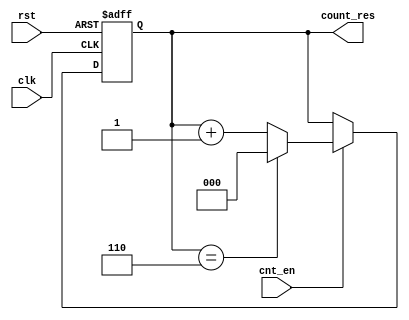
module Counter(clk, rst, cnt_en, count_res);
    input clk, rst, cnt_en; 
    output reg[2:0] count_res;
    
    always @(posedge clk, posedge rst) begin
        if (rst)
            count_res <= 3'b0;
        else if (cnt_en) begin
            if (count_res == 3'b101 + 1)
                count_res <= 3'b0;
            else
                count_res <= count_res + 1;
      end
  end

endmodule